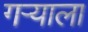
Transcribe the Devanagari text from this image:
गर्‍याला